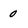
Character: 0